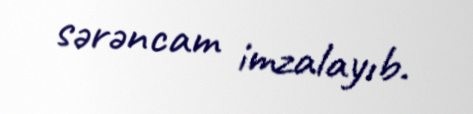
sərəncam imzalayıb.